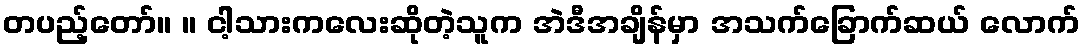
တပည့်တော်။ ။ ငါ့သားကလေးဆိုတဲ့သူက အဲဒီအချိန်မှာ အသက်ခြောက်ဆယ် လောက်